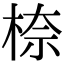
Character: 㮈